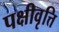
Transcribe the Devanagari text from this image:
पक्षीवृत्ति